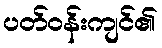
ပတ်ဝန်းကျင်၏